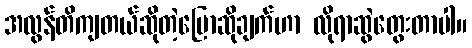
အလွန်တိကျတယ်ဆိုတဲ့ပြောဆိုချက်ဟာ လိုရာဆွဲတွေးတာပါ။